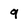
Character: g